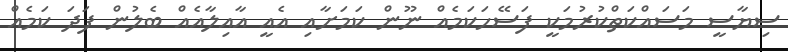
ސިޔާސީ މަސައްކަތްކުރުމަކީ ފަސޭހަކަމެއް ނޫން ކަމަށާއި އެއީ އާއިލާއެއް ބެލުން ފަދަ ކަމެއް